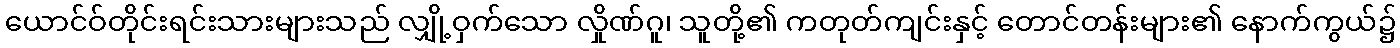
ယောင်ဝ်တိုင်းရင်းသားများသည် လျှို့ဝှက်သော လှိုဏ်ဂူ၊ သူတို့၏ ကတုတ်ကျင်းနှင့် တောင်တန်းများ၏ နောက်ကွယ်၌